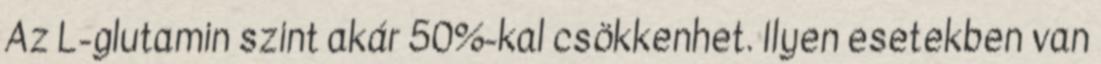
Az L-glutamin szint akár 50%-kal csökkenhet. Ilyen esetekben van